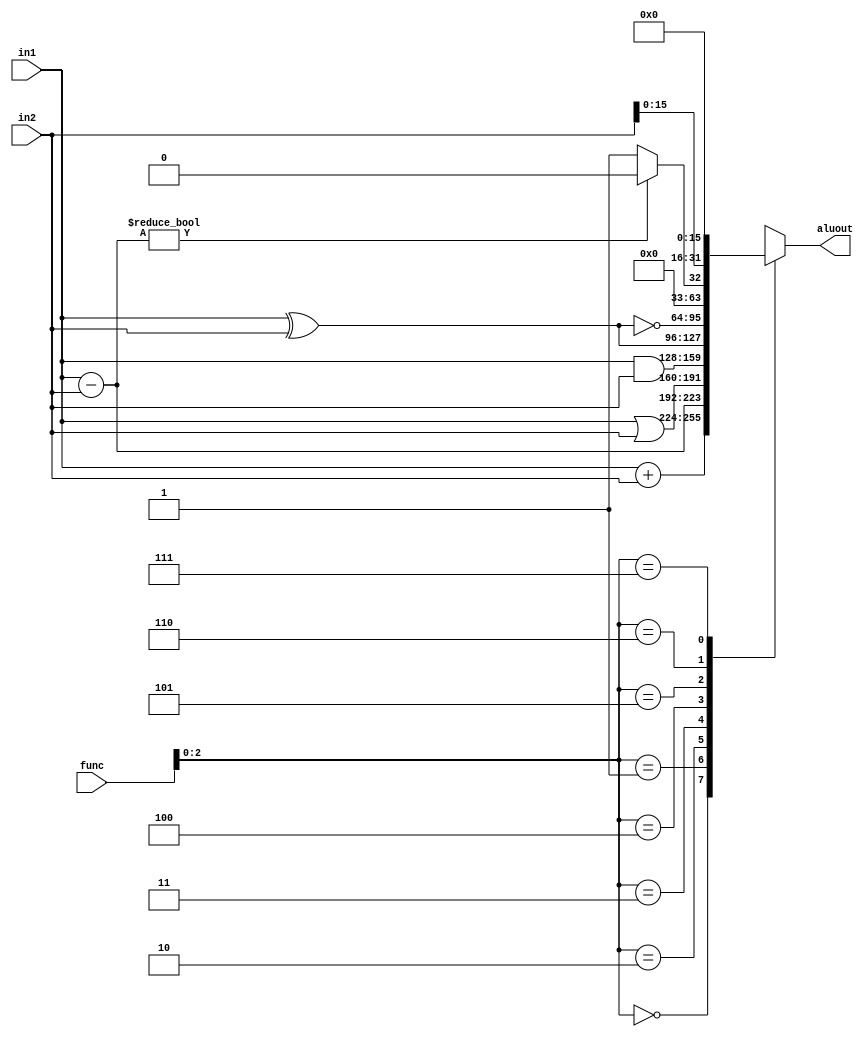
module alu(
input [31:0] in1,
input [31:0] in2,
input [3:0] func,
output reg[31:0] aluout);

always @(*) begin
    case (func[2:0]) 
        3'b000 : aluout = in1+in2;
        3'b001 : aluout = in1-in2;
        3'b010 : aluout = in1|in2;
        3'b011 : aluout = in1&in2;
        3'b100 : aluout = in1^in2;
        3'b101 : aluout = ~(in1^in2);
        3'b110 : aluout = (in1-in2)?0:1;//slt
        3'b111 : aluout = {in2[15:0],16'b0};//lui
        default : aluout = 32'b0;
    endcase
end
endmodule